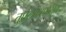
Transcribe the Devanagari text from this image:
तुघलकापासून